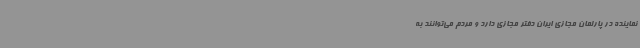
نماینده در پارلمان مجازی ایران دفتر مجازی دارد و مردم می‌توانند به